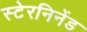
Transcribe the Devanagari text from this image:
स्टेरनिनेंड